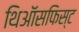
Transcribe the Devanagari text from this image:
थिऑसफिस्ट